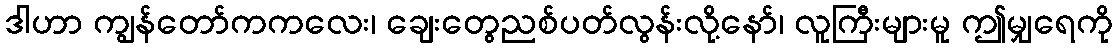
ဒါဟာ ကျွန်တော်ကကလေး၊ ချေးတွေညစ်ပတ်လွန်းလို့နော်၊ လူကြီးများမူ ဤမျှရေကို